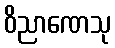
ဝိညာဏေသု